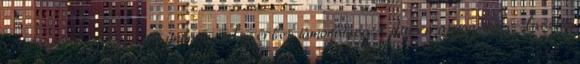
vércsoport szerepe az immunrendszerben támogatása. 8 durva anyagcsere- lassító